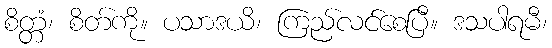
စိတ္တံ၊ စိတ်ကို။ ပသာဒယိ၊ ကြည်လင်စေပြီ။ ဒသပါရမီ၊